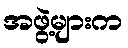
အဖွဲ့များက